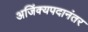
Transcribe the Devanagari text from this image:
अजिंक्यपदानंतर